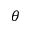
\theta